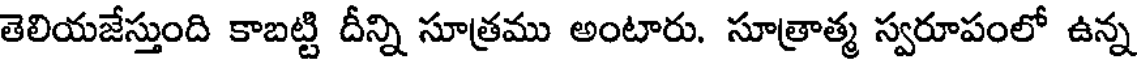
తెలియజేస్తుంది కాబట్టి దీన్ని సూత్రము అంటారు. సూత్రాత్మ స్వరూపంలో ఉన్న